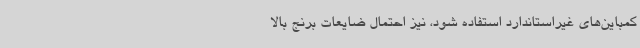
کمباین‌های غیراستاندارد استفاده شود، نیز احتمال ضایعات برنج بالا